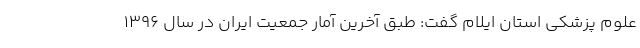
علوم پزشکی استان ایلام گفت: طبق آخرین آمار جمعیت ایران در سال ۱۳۹۶